Tezpur Lunatic Asylum reports 1895-1904 - 1895-1904
Year: 1895
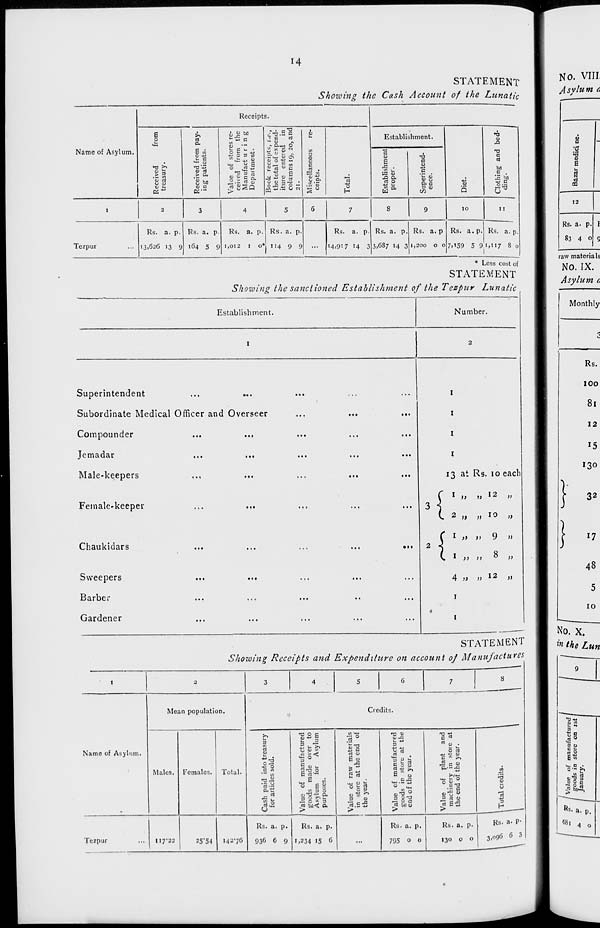
14
STATEMENT
Showing th e Cash Account of the Lunatic
Receipts.
Received
from
treasury.
Received from pay-
ing patients.
Value of stores re-
ceived from the
Manufact u r i n g
Depaitment.
Book receipts, t.e.,
the total of expend-
iture entered in
columns 19, 20, and
21.
C
Ul
3
O
0
a
ZZ <n
a) *i
.£•£;
is
Establishment.
Hi
S
Clothing and bed-
ding.
Name of Asylum.
a
0)
E
a i_
us u
ja a*
c! 0
•T3
a
u
"c
'5 <L>
1) u
O. a
i
2
3
4
5
6
7
8
9
10
11
Tezpur
Rs. a. p.
13,626 13 9
Rs. a. p.
164 5 9
Rs. a. p.
1,012 1 0*
Rs. a. p.
114 9 9 ...
Rs. a.
14,917 14 3
Rs. a. p.
3,687 14 3
Rs. a. p
1,200 0 0
Rs. a. p.
7.159 5 9
Rs. a. p.
1,117 8 0
* Less cost of
STATEMENT
Showing the sanctioned Establishment of the Tezpur Lunatic
Establishment.
Number.
I
2
Superintendent
...
...
• ••
..,
...
1
Subordinate Medical Officer and Overseer
...
...
...
1
Compounder
...
...
. ••
...
...
1
Jemadar
...
...
...
1
Male-keepers
Female'keeper
...
Chaukidars
...
...
...
...
• • t
2 < fi-
Sweepers
...
...
...
...
...
4 »
Barber
...
...
...
• •
...
1
Gardener
...
...
...
...
...
«
1
13 at Rs. 10 each
(. 2 „ „ 10 „
> >)
9 JJ
) )>
8 >>
) )) 12 »
STATEMENT
Showing Receipts and Expenditure on account of Manufactures
Mean population.
Name of Asylum.
Males. Females.
Credits.
Total.
Tezpur
I17'22
25*54
142-76
<u
•*J o
C -n
"~ (/>
£.-"
6~
I J
o ii <n
vT; Q **•
3
s«■-
~E C
jj 3 o
•H o "• 3
re ifl< O.
>
u
5 c
P u
r.
° O S
3
u
." .- *J
>
•u U
a « b
:.. E rt
£ O <U
C
u
— O c
>
O rt
0.---C
"*< Jr. °
c t3
3 en u
>
13
o
H
Rs. a. p.
936 6 9
Rs. a. p.
1,234 15 6
Rs. a. p.
795 o o
Rs. a. p.
130 o o
Rs. a- P-
3,096 c 3